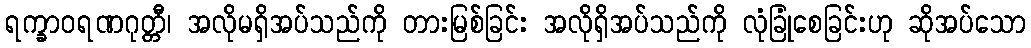
ရက္ခာဝရဏဂုတ္တီ၊ အလိုမရှိအပ်သည်ကို တားမြစ်ခြင်း အလိုရှိအပ်သည်ကို လုံခြုံစေခြင်းဟု ဆိုအပ်သော